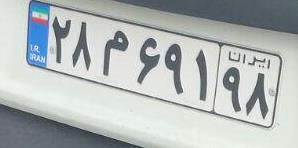
۲۸م۶۹۱۹۸